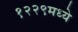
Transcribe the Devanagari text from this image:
१२२९मध्ये